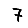
Digit: 7